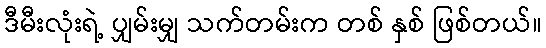
ဒီမီးလုံးရဲ့ ပျှမ်းမျှ သက်တမ်းက တစ် နှစ် ဖြစ်တယ်။